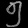
Digit: ၅